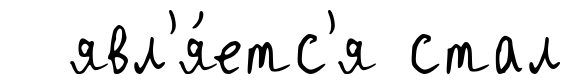
явл'я́етс'я стал